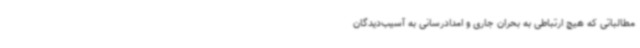
مطالباتی که هیچ ارتباطی به بحران جاری و امدادرسانی به آسیب‌دیدگان